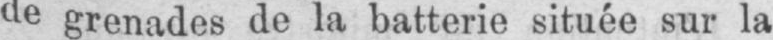
de grenades de la batterie située sur la